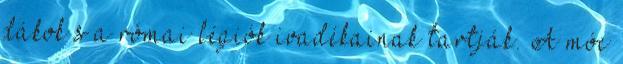
dákok s a római légiók ivadékainak tartják. A móc